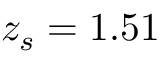
z _ { s } = 1 . 5 1